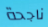
ناجحة